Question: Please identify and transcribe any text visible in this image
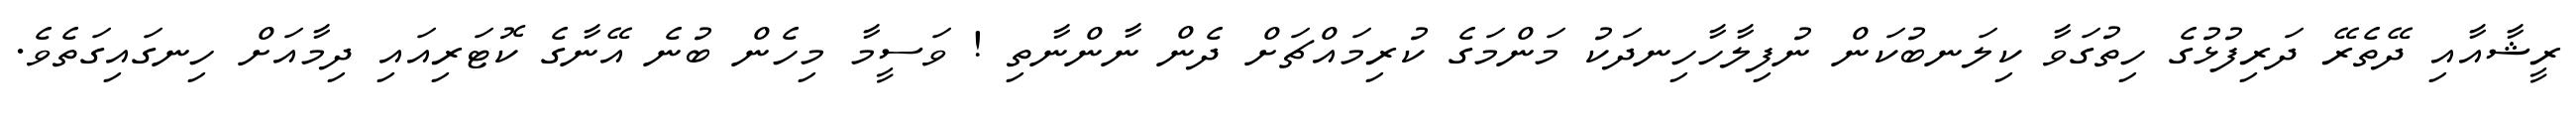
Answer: ރީޝާއާއި ދޭތެރޭ ދަރިފުޅުގެ ހިތުގަވާ ކިލަނބުކަން ނުފިލާހާހިނދަކު މަންމަގެ ކުރިމައްޗަށް ދެން ނާންނާތި ! ވަސީމާ މިހެން ބުނެ އޭނާގެ ކޮޓަރިއައި ދިމާއަށް ހިނގައިގަތެވެ.